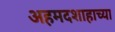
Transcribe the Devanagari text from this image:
अहमदशाहाच्या